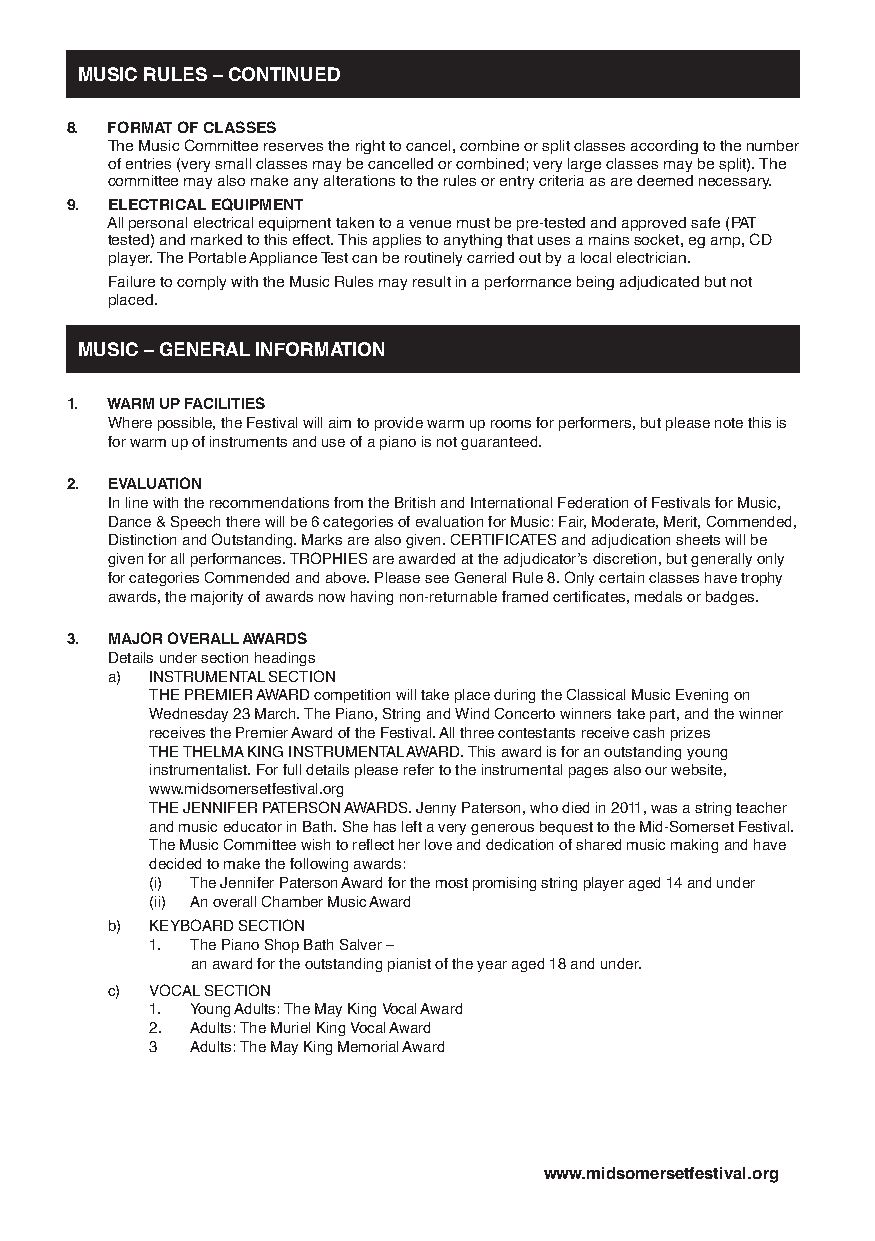
MUSIC RULES – CONTINUED
 8. FORMAT OFCLASSES
 The Music Committee reserves the right to cancel, combine or split classes according to the number
 of entries (very small classes may be cancelled or combined; very large classes may be split).The
 committee may also make any alterations to the rules or entry criteria as are deemed necessary.
 9. ELECTRICALEQUIPMENT
 All personal electrical equipmenttaken to a venue must be pre-tested and approved safe (PAT
 tested) and marked to this effect.This applies to anything that uses a mains socket, eg amp, CD
 player.The PortableApplianceTest can be routinely carried out by a local electrician.
 Failure to comply with the Music Rules may result in a performance being adjudicated but not
 placed.
 MUSIC – GENERALINFORMATION
 1. WARM UPFACILITIES
 Where possible, the Festival will aim to provide warm up rooms for performers, but please note this is
 for warm up of instruments and use of a piano is not guaranteed.
 2. EVALUATION
 In line with the recommendations from the British and International Federation of Festivals for Music,
 Dance & Speech there will be 6 categories of evaluation for Music: Fair, Moderate, Merit, Commended,
 Distinction and Outstanding. Marks are also given. CERTIFICATES and adjudication sheets will be
 given for all performances.TROPHIES are awarded at the adjudicator’s discretion, but generally only
 for categories Commended and above. Please see General Rule 8. Only certain classes have trophy
 awards, the majority of awards now having non-returnable framed certificates, medals or badges.
 3. MAJOROVERALLAWARDS
 Details under section headings
 a) INSTRUMENTALSECTION
 THE PREMIERAWARD competition will take place during the Classical Music Evening on
 Wednesday 23 March.The Piano, String and Wind Concerto winners take part, and the winner
 receives the PremierAward of the Festival.All three contestants receive cash prizes
 THETHELMAKING INSTRUMENTALAWARD.This award is for an outstanding young
 instrumentalist. For full details please refer to the instrumental pages also our website,
 www.midsomersetfestival.org
 THE JENNIFER PATERSONAWARDS. Jenny Paterson, who died in 2011, was a string teacher
 and music educator in Bath. She has left a very generous bequest to the Mid-Somerset Festival.
 The Music Committee wish to reflect her love and dedication of shared music making and have
 decided to make the following awards:
 (i) The Jennifer PatersonAward for the most promising string player aged 14 and under
 (ii) An overall Chamber MusicAward
 b) KEYBOARD SECTION
 1. The Piano Shop Bath Salver –
 an award for the outstanding pianist of the year aged 18 and under.
 c) VOCALSECTION
 1. YoungAdults:The May King VocalAward
 2. Adults:The Muriel King VocalAward
 3  Adults:The May King MemorialAward
 www.midsomersetfestival.org